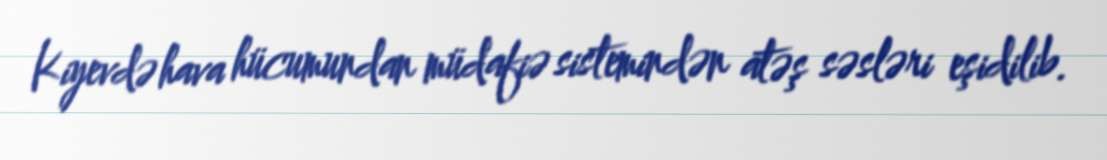
Kiyevdə hava hücumundan müdafiə sistemindən atəş səsləri eşidilib.